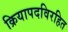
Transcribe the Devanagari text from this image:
क्रियापदविरहित